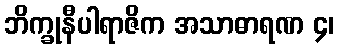
ဘိက္ခုနီပါရာဇိက အသာဓာရဏ ၄၊